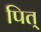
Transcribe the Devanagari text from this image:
पित्